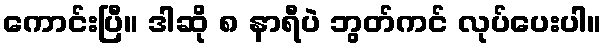
ကောင်းပြီ။ ဒါဆို ၈ နာရီပဲ ဘွတ်ကင် လုပ်ပေးပါ။